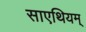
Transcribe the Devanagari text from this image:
साएथियम्‌